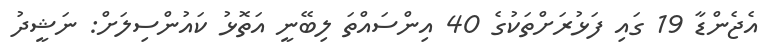
އެޖެންޑާ 19 ގައި ފަޅުރަށްތަކުގެ 40 އިންސައްތަ ލިބޭނީ އަތޮޅު ކައުންސިލަށް: ނަޝީދު